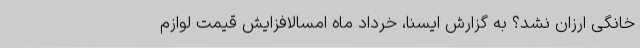
خانگی ارزان نشد؟ به گزارش ایسنا، خرداد ماه امسالافزایش قیمت لوازم